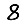
Digit: 8